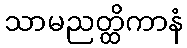
သာမညတ္ထိကာနံ